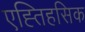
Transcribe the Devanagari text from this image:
एह्तिहसिक